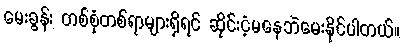
မေးခွန်း တစ်စုံတစ်ရာများရှိရင် ဆိုင်းငံ့မနေဘဲမေးနိုင်ပါတယ်။